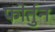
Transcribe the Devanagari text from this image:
फोर्तुन